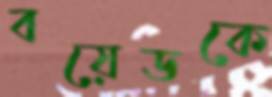
বয়েডকে